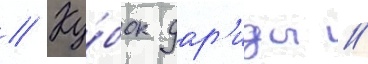
// Ку́бок дар'иды //